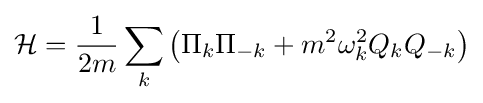
{\mathcal {H}}={\frac {1}{2m}}\sum _{k}\left(\Pi _{k}\Pi _{-k}+m^{2}\omega _{k}^{2}Q_{k}Q_{-k}\right)